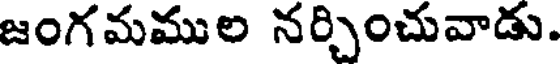
జంగమముల నర్చించువాడు.